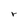
Character: r